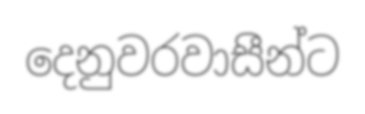
දෙනුවරවාසීන්ට